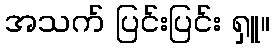
အသက် ပြင်းပြင်း ရှူ။